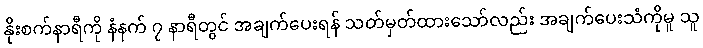
နိုးစက်နာရီကို နံနက် ၇ နာရီတွင် အချက်ပေးရန် သတ်မှတ်ထားသော်လည်း အချက်ပေးသံကိုမူ သူ